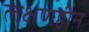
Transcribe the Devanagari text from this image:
लक्षणहीन